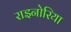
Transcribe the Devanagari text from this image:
राइनोरिया